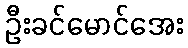
ဦးခင်မောင်အေး